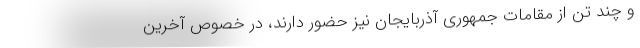
و چند تن از مقامات جمهورى آذربایجان نیز حضور دارند، در خصوص آخرین